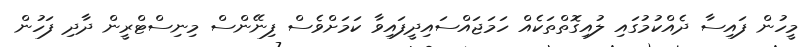
މީހުން ފައިސާ ދެއްކުމުގައި ލުއިގޮތްތަކެއް ހަމަޖައްސައިދީފައިވާ ކަމަށްވެސް ފިނޭންސް މިނިސްޓްރީން ދާދި ފަހުން